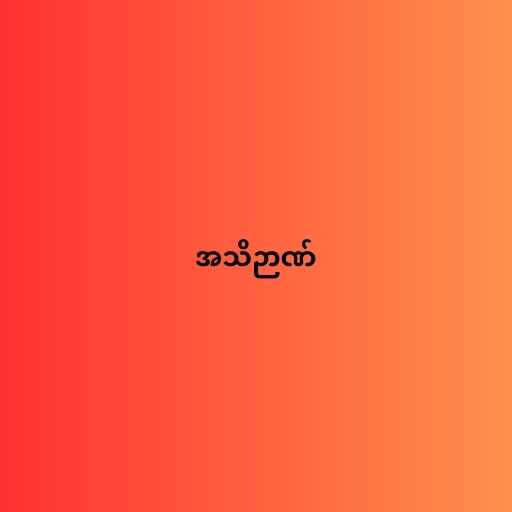
အသိဉာဏ်